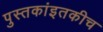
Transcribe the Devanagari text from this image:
पुस्तकांइतकीच